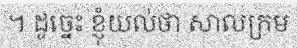
។ ដូច្នេះ ខ្ញុំយល់ថា សាលក្រម